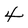
Character: 4